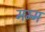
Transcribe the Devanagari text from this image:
मम्म